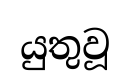
යුතුවූ